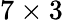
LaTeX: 7\times 3